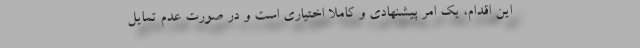
این اقدام، یک امر پیشنهادی و کاملاً اختیاری است و در صورت عدم تمايل